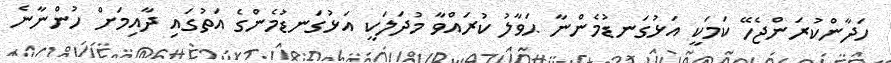
ހަދާންކުރަންޖެހޭ ކަމަކީ އަޅުގަނޑުމެންނާ ޙަވާލު ކުރައްވާ މުދަލަކީ އަޅުގަނޑުމެންގެ އަތުގައި ދާއިމަށް ހުންނާނެ